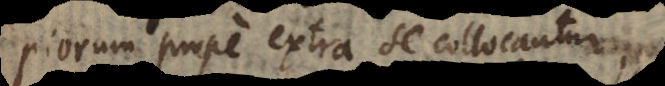
piorum prope extra se collocantur,